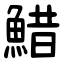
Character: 䱜